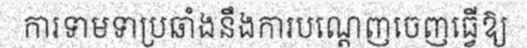
ការទាមទាប្រឆាំងនឹងការបណ្តេញចេញធ្វើឱ្យ